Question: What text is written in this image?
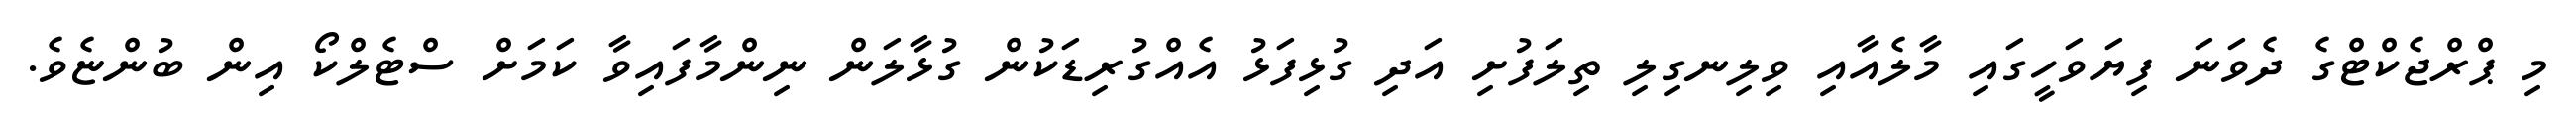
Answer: މި ޕްރްޖެކްޓްގެ ދެވަނަ ފިޔަވަހީގައި މާލެއާއި ވިލިނގިލި ތިލަފުށި އަދި ގުޅިފަޅު އެއްގުރިޑަކުން ގުޅާލަން ނިންމާފައިވާ ކަމަށް ސްޓެލްކޯ އިން ބުންޏެވެ.